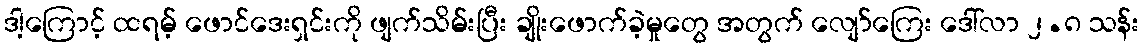
ဒါ့ကြောင့် ထရမ့် ဖောင်ဒေးရှင်းကို ဖျက်သိမ်းပြီး ချိုးဖောက်ခဲ့မှုတွေ အတွက် လျော်ကြေး ဒေါ်လာ ၂.၈ သန်း